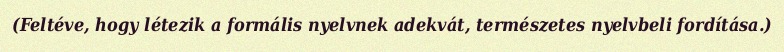
(Feltéve, hogy létezik a formális nyelvnek adekvát, természetes nyelvbeli fordítása.)